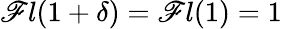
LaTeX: \mathscr{F}l(1+\delta)=\mathscr{F}l(1)=1